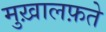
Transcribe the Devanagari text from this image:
मुख़ालफ़ते